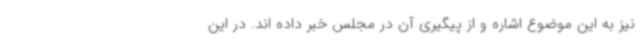
نیز به این موضوع اشاره و از پیگیری آن در مجلس خبر داده اند. در این